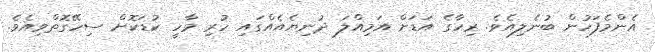
އެންމެފަހުން ބުނެލިއެވެ. ރިހާގެ އަޑަށް އަމިއްލަ ދުނިޔެއެއްގައި ހުރި މާހީ ކުޑަކޮށް ސިހޭގޮތްވިއެވެ.